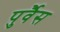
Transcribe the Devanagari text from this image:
पुर्वैस